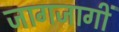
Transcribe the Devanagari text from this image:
जागजागीं